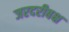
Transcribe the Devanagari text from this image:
जरदरीबक्ष